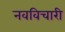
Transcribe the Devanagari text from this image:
नवविचारी